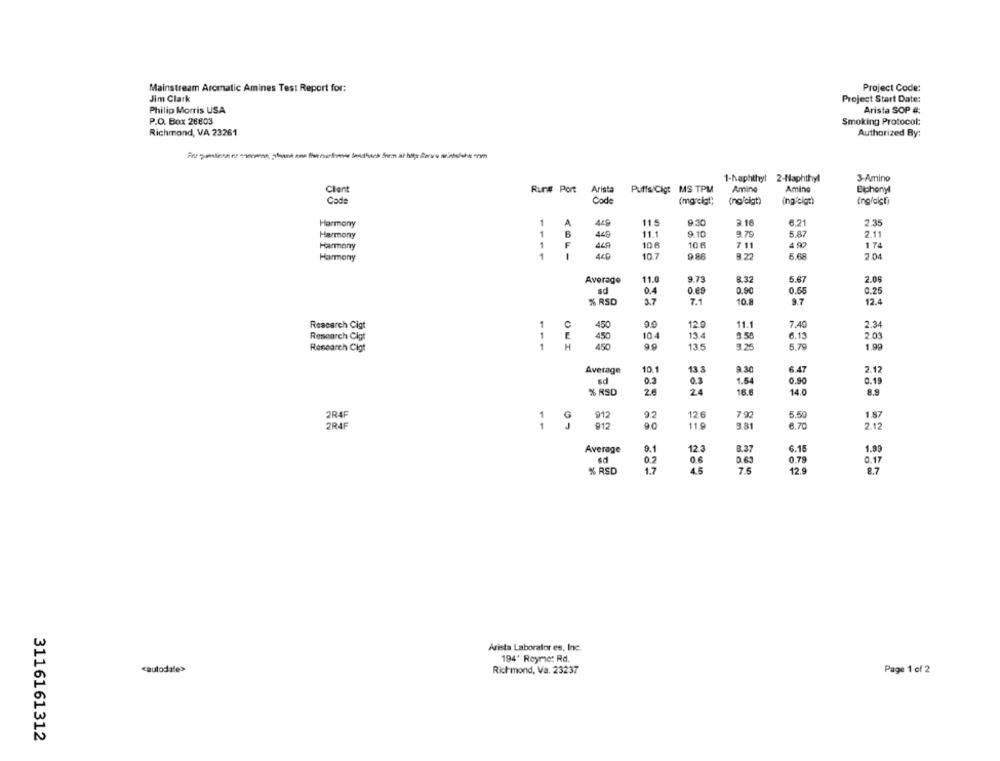
Mainstream Aromatic Amines Test Report for:
Project Code:
Jim Clark
Project Start Date:
Philip Morris USA
Arista SOP #:
P.O. Box 26803
Smoking Protocol:
Richmond, VA 23261
Authorized By:
1-Naphthyl 2-Naphthyl
3-Amino
Clent
Run# Port
Arista
Puffs Cigt MS TPM
Amine
Amino
Biphony
Code
Code
(mg"cigt;
(naicigt)
ing'cigt)
Ing/cict)
Harmony
1
A
115
9 :30
3.16
6.21
2.35
Harmony
1
B
445
11.1
9.10
9.79
5.87
2.11
1
10 6
10 A
7 11
4 90
174
Harmony
F
Harmony
1
1
440
10.7
8.22
2.04
Average
11.0
9.73
8.32
6.67
2.06
ad
0.69
0.90
0.55
0.25
0,4
% RSD
3.7
7.1
10.8
9.7
12.4
Research Cigt
1
450
12.9
11.1
7.40
2.34
Research Clot
1
450
104
13.4
6.13
2.03
Research Cigt
1
OUI
450
9.9
13.5
9.25
5.79
1.90
Average
10 1
13 3
9.30
6.47
2.12
sd
1.54
0.90
0.19
0.3
% RSD
24
16.6
14.0
5.50
2R4F
1
912
0.2
12.6
7.90
1.87
7R4F
1
912
119
3.81
6.70
2.12
Average
12.3
8.37
6.15
1.99
0.2
0.6
D.65
0.79
0.17
% RSD
17
4.5
7.5
12.9
8.7
Arista Laborator es, Inc.
194' Reyme: Rd.
cautodate>
Richmond, Va. 23237
Page 1 of 2
3116161312